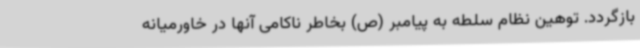
بازگردد. توهین نظام سلطه به پیامبر (ص) بخاطر ناکامی آنها در خاورمیانه